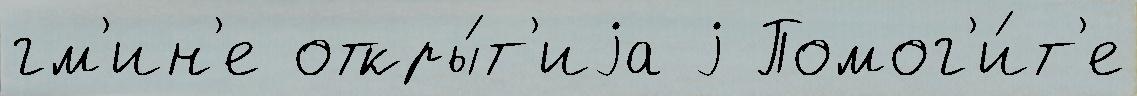
гм'ин'е откры́т'иjа j Помог'и́т'е